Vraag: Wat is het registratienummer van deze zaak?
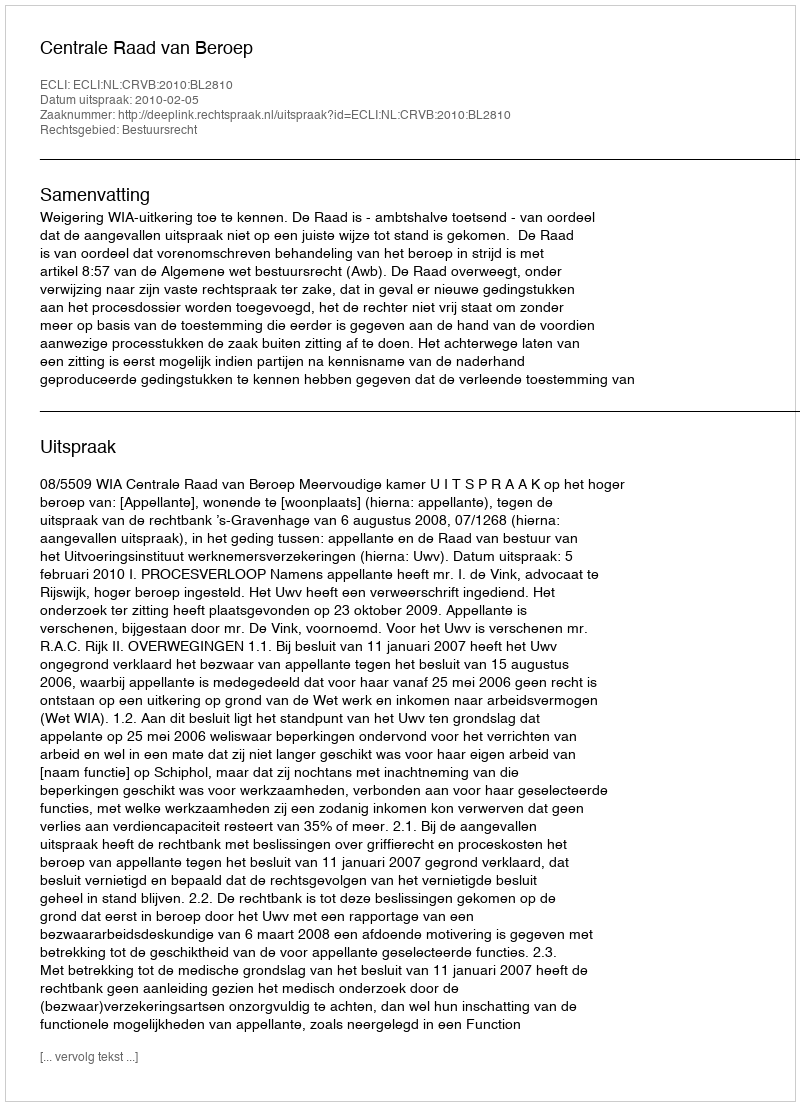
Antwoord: http://deeplink.rechtspraak.nl/uitspraak?id=ECLI:NL:CRVB:2010:BL2810